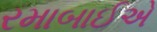
રમાબાઈએ